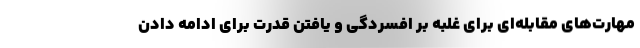
مهارت‌های مقابله‌ای برای غلبه بر افسردگی و یافتن قدرت برای ادامه دادن